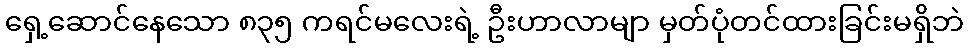
ရှေ့ဆောင်နေသော ၈၃၅ ကရင်မလေးရဲ့ ဦးဟာလာမျာ မှတ်ပုံတင်ထားခြင်းမရှိဘဲ